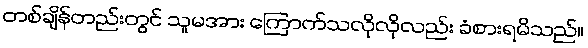
တစ်ချိန်တည်းတွင် သူမအား ကြောက်သလိုလိုလည်း ခံစားရမိသည်။